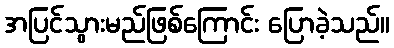
အပြင်သွားမည်ဖြစ်ကြောင်း ပြောခဲ့သည်။